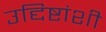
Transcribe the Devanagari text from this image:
उद्दिष्टांशी